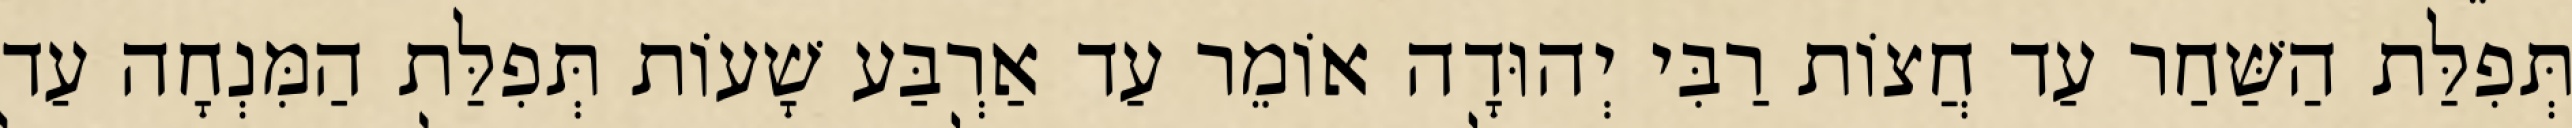
תְּפִלַּת הַשַּׁחַר עַד חֲצוֹת רַבִּי יְהוּדָה אוֹמֵר עַד אַרְבַּע שָׁעוֹת תְּפִלַּת הַמִּנְחָה עַד